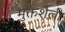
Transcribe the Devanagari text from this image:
मुक्तशैली